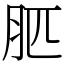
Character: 䏘